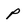
Character: p